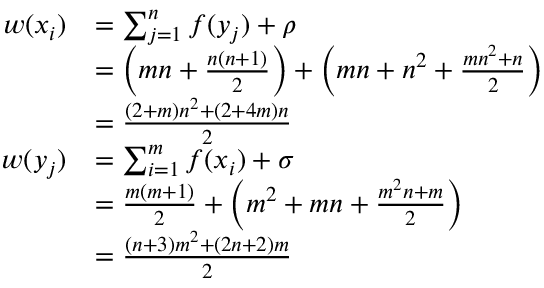
\begin{array} { r l } { w ( x _ { i } ) } & { = \sum _ { j = 1 } ^ { n } f ( y _ { j } ) + \rho } \\ & { = \left( m n + \frac { n ( n + 1 ) } { 2 } \right) + \left( m n + n ^ { 2 } + \frac { m n ^ { 2 } + n } { 2 } \right) } \\ & { = \frac { ( 2 + m ) n ^ { 2 } + ( 2 + 4 m ) n } { 2 } } \\ { w ( y _ { j } ) } & { = \sum _ { i = 1 } ^ { m } f ( x _ { i } ) + \sigma } \\ & { = \frac { m ( m + 1 ) } { 2 } + \left( m ^ { 2 } + m n + \frac { m ^ { 2 } n + m } { 2 } \right) } \\ & { = \frac { ( n + 3 ) m ^ { 2 } + ( 2 n + 2 ) m } { 2 } } \end{array}